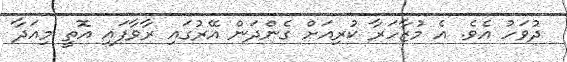
ދުވަހު އެވެ. އެ މުޒާހަރާ ކުރިއަށް ގެންދަން އޭރުގައި ރާވާފައި އޮތީ މިއަދާ